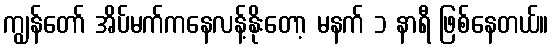
ကျွန်တော် အိပ်မက်ကနေလန့်နိုးတော့ မနက် ၁ နာရီ ဖြစ်နေတယ်။